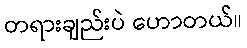
တရားချည်းပဲ ဟောတယ်။